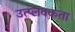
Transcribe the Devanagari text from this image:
उत्प्लवकता